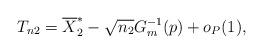
LaTeX: \begin{align*} T_{n2} = \overline{X}_2^* - \sqrt{n_2} G_m^{-1}(p) + o_P(1),\end{align*}